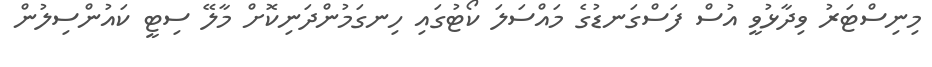
މިނިސްޓަރު ވިދާޅުވީ އުސް ފަސްގަނޑުގެ މައްސަލަ ކޯޓުގައި ހިނގަމުންދަނިކޮށް މާލޭ ސިޓީ ކައުންސިލުން